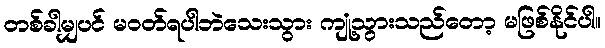
တစ်ခါမျှပင် မဝတ်ရပါဘဲသေးသွား ကျုံ့သွားသည်တော့ မဖြစ်နိုင်ပါ။